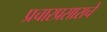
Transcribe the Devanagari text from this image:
प्रचारप्रसाराचे